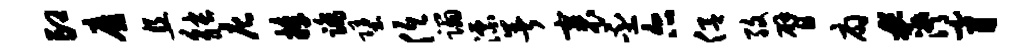
印靡且觖庀捧踏堕低蹋漂暑裹丕尔侣孜臂扇#潸膏